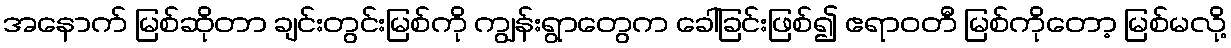
အနောက် မြစ်ဆိုတာ ချင်းတွင်းမြစ်ကို ကျွန်းရွာတွေက ခေါ်ခြင်းဖြစ်၍ ဧရာဝတီ မြစ်ကိုတော့ မြစ်မလို့